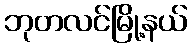
ဘုတလင်မြို့နယ်